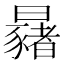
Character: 𣌂